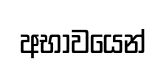
අභාවයෙන්